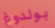
بولدوغ